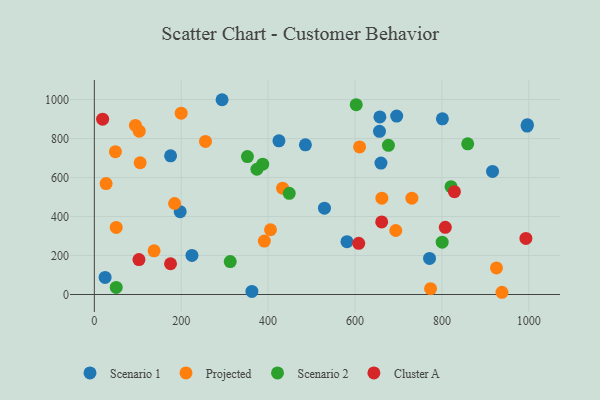
{"axis": {"x": "Speed", "y": "Profit"}, "legend": ["Cluster A", "Projected", "Scenario 1", "Scenario 2"], "data": [{"x": "656.3", "y": 837.4, "type": "Scenario 1"}, {"x": "529.7", "y": 442.7, "type": "Scenario 1"}, {"x": "771.5", "y": 184.9, "type": "Scenario 1"}, {"x": "659.7", "y": 674.2, "type": "Scenario 1"}, {"x": "224.7", "y": 200.3, "type": "Scenario 1"}, {"x": "294.0", "y": 999.3, "type": "Scenario 1"}, {"x": "996.1", "y": 864.2, "type": "Scenario 1"}, {"x": "485.8", "y": 767.8, "type": "Scenario 1"}, {"x": "197.6", "y": 425.0, "type": "Scenario 1"}, {"x": "996.7", "y": 871.3, "type": "Scenario 1"}, {"x": "916.5", "y": 631.2, "type": "Scenario 1"}, {"x": "657.2", "y": 910.8, "type": "Scenario 1"}, {"x": "801.1", "y": 901.2, "type": "Scenario 1"}, {"x": "175.5", "y": 711.7, "type": "Scenario 1"}, {"x": "581.5", "y": 271.1, "type": "Scenario 1"}, {"x": "695.9", "y": 915.5, "type": "Scenario 1"}, {"x": "424.9", "y": 788.3, "type": "Scenario 1"}, {"x": "362.7", "y": 15.7, "type": "Scenario 1"}, {"x": "24.8", "y": 87.4, "type": "Scenario 1"}, {"x": "391.3", "y": 274.0, "type": "Projected"}, {"x": "184.7", "y": 466.9, "type": "Projected"}, {"x": "661.8", "y": 494.2, "type": "Projected"}, {"x": "610.5", "y": 757.1, "type": "Projected"}, {"x": "433.3", "y": 545.7, "type": "Projected"}, {"x": "137.5", "y": 224.2, "type": "Projected"}, {"x": "103.4", "y": 837.8, "type": "Projected"}, {"x": "27.1", "y": 569.2, "type": "Projected"}, {"x": "50.4", "y": 344.0, "type": "Projected"}, {"x": "730.9", "y": 494.2, "type": "Projected"}, {"x": "405.5", "y": 332.1, "type": "Projected"}, {"x": "105.5", "y": 676.0, "type": "Projected"}, {"x": "693.8", "y": 328.4, "type": "Projected"}, {"x": "94.6", "y": 867.3, "type": "Projected"}, {"x": "773.9", "y": 29.9, "type": "Projected"}, {"x": "938.2", "y": 11.4, "type": "Projected"}, {"x": "925.6", "y": 136.2, "type": "Projected"}, {"x": "255.8", "y": 785.4, "type": "Projected"}, {"x": "48.5", "y": 733.0, "type": "Projected"}, {"x": "199.9", "y": 930.1, "type": "Projected"}, {"x": "352.4", "y": 707.6, "type": "Scenario 2"}, {"x": "800.6", "y": 268.2, "type": "Scenario 2"}, {"x": "821.0", "y": 553.3, "type": "Scenario 2"}, {"x": "676.9", "y": 765.3, "type": "Scenario 2"}, {"x": "602.8", "y": 974.1, "type": "Scenario 2"}, {"x": "50.4", "y": 36.5, "type": "Scenario 2"}, {"x": "387.6", "y": 668.7, "type": "Scenario 2"}, {"x": "374.2", "y": 642.6, "type": "Scenario 2"}, {"x": "448.6", "y": 519.0, "type": "Scenario 2"}, {"x": "312.8", "y": 168.7, "type": "Scenario 2"}, {"x": "859.4", "y": 772.9, "type": "Scenario 2"}, {"x": "807.8", "y": 344.7, "type": "Cluster A"}, {"x": "19.1", "y": 899.3, "type": "Cluster A"}, {"x": "175.4", "y": 157.8, "type": "Cluster A"}, {"x": "993.3", "y": 287.7, "type": "Cluster A"}, {"x": "102.7", "y": 179.2, "type": "Cluster A"}, {"x": "608.5", "y": 262.4, "type": "Cluster A"}, {"x": "828.8", "y": 527.7, "type": "Cluster A"}, {"x": "661.4", "y": 372.1, "type": "Cluster A"}]}